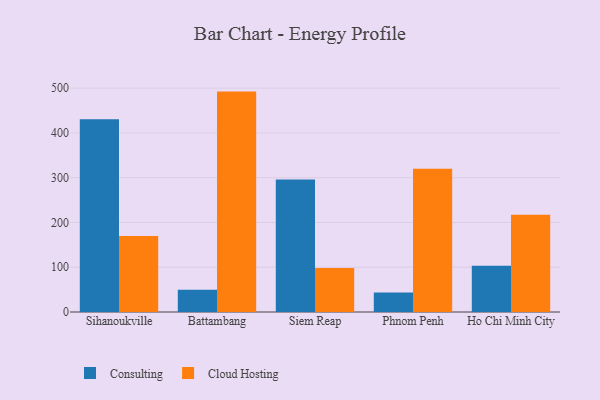
{"axis": {"x": "City", "y": "Demand Index"}, "legend": ["Cloud Hosting", "Consulting"], "data": [{"x": "Sihanoukville", "y": 430.5, "type": "Consulting"}, {"x": "Sihanoukville", "y": 170.0, "type": "Cloud Hosting"}, {"x": "Battambang", "y": 49.7, "type": "Consulting"}, {"x": "Battambang", "y": 492.3, "type": "Cloud Hosting"}, {"x": "Siem Reap", "y": 295.8, "type": "Consulting"}, {"x": "Siem Reap", "y": 98.1, "type": "Cloud Hosting"}, {"x": "Phnom Penh", "y": 43.5, "type": "Consulting"}, {"x": "Phnom Penh", "y": 320.0, "type": "Cloud Hosting"}, {"x": "Ho Chi Minh City", "y": 103.4, "type": "Consulting"}, {"x": "Ho Chi Minh City", "y": 217.3, "type": "Cloud Hosting"}]}